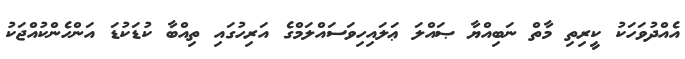
އެއްދުވަހަކު ކީރިތި މާތް ނަބިއްޔާ ޞައްލަ ޢަލައިހިވަސައްލަމްގެ އަރިހުގައި ތިއްބާ ކުޑަކުޑަ އަންހެންކުއްޖަކު